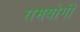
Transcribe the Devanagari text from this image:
रामयोगी